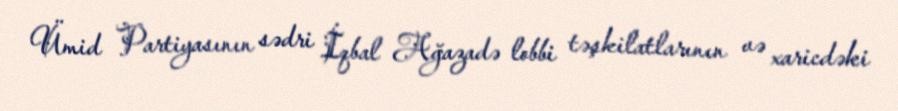
Ümid Partiyasının sədri İqbal Ağazadə lobbi təşkilatlarının və xaricdəki